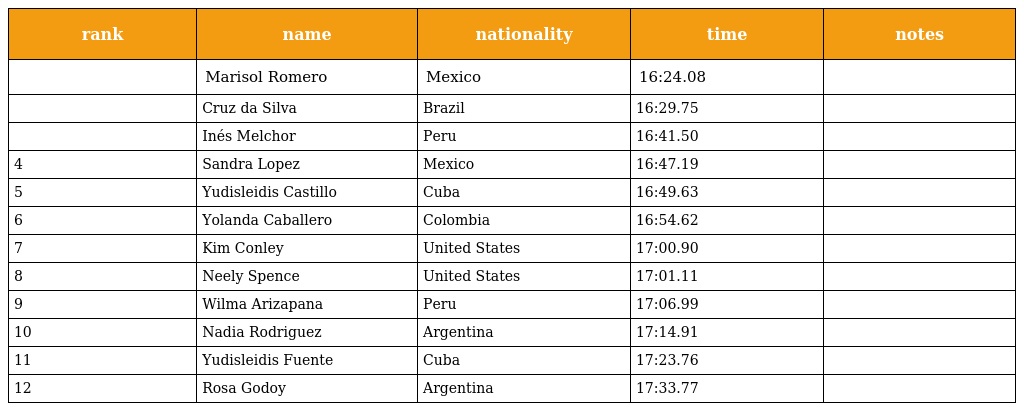
| rank | name | nationality | time | notes |
 | --- | --- | --- | --- | --- |
 |  | Marisol Romero | Mexico | 16:24.08 |  |
 |  | Cruz da Silva | Brazil | 16:29.75 |  |
 |  | Inés Melchor | Peru | 16:41.50 |  |
 | 4 | Sandra Lopez | Mexico | 16:47.19 |  |
 | 5 | Yudisleidis Castillo | Cuba | 16:49.63 |  |
 | 6 | Yolanda Caballero | Colombia | 16:54.62 |  |
 | 7 | Kim Conley | United States | 17:00.90 |  |
 | 8 | Neely Spence | United States | 17:01.11 |  |
 | 9 | Wilma Arizapana | Peru | 17:06.99 |  |
 | 10 | Nadia Rodriguez | Argentina | 17:14.91 |  |
 | 11 | Yudisleidis Fuente | Cuba | 17:23.76 |  |
 | 12 | Rosa Godoy | Argentina | 17:33.77 |  |